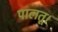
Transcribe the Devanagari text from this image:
पालतू।